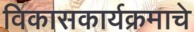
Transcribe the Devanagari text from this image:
विकासकार्यक्रमाचे